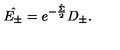
\hat { E _ { \pm } } = e ^ { - \frac { \hat { \Sigma } } { 2 } } D _ { \pm } .